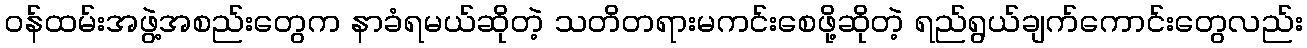
ဝန်ထမ်းအဖွဲ့အစည်းတွေက နာခံရမယ်ဆိုတဲ့ သတိတရားမကင်းစေဖို့ဆိုတဲ့ ရည်ရွယ်ချက်ကောင်းတွေလည်း